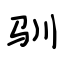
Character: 驯